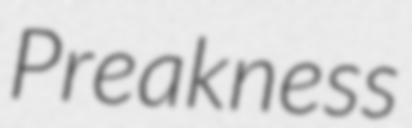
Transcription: Preakness